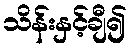
သိန်းနှင့်ချီ၍